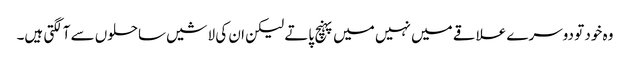
وہ خود تو دوسرے علاقے میں نہیں میں پہنچ پاتے لیکن ان کی لاشیں ساحلوں سے آلگتی ہیں۔